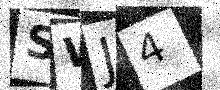
Text: SWJ4